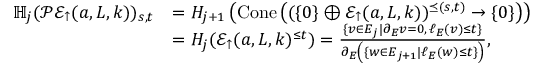
\begin{array} { r l } { \mathbb { H } _ { j } ( \mathcal { P E } _ { \uparrow } ( a , L , k ) ) _ { s , t } } & { = H _ { j + 1 } \left( \mathrm { C o n e } \left( ( \{ 0 \} \oplus \mathcal { E } _ { \uparrow } ( a , L , k ) ) ^ { \preceq ( s , t ) } \to \{ 0 \} \right) \right) } \\ & { = H _ { j } ( \mathcal { E } _ { \uparrow } ( a , L , k ) ^ { \leq t } ) = \frac { \{ v \in E _ { j } | \partial _ { E } v = 0 , \, \ell _ { E } ( v ) \leq t \} } { \partial _ { E } \left( \{ w \in E _ { j + 1 } | \ell _ { E } ( w ) \leq t \} \right) } , } \end{array}